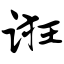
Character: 诳